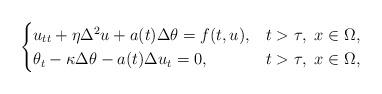
LaTeX: \begin{align*}\begin{cases}u_{tt} +\eta\Delta^2 u+a(t)\Delta\theta=f(t,u), & t>\tau,\ x\in\Omega,\\\theta_t-\kappa\Delta \theta-a(t)\Delta u_t=0, & t>\tau,\ x\in\Omega,\end{cases}\end{align*}